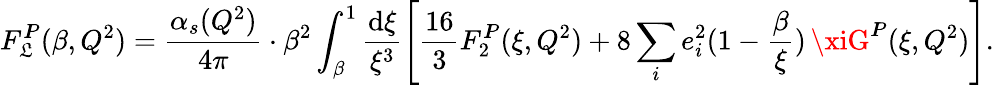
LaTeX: F_{\mathfrak{L}}^{I\! \! P}(\beta,Q^{2})=\frac{{\alpha_{s}(Q^{2})}}{{4\pi}}\cdot\beta^{2}\int_{\beta}^{1}\frac{{\mathrm{{d}}\xi}}{{\xi^{3}}}\left[\frac{{16}}{{3}}F_{2}^{I\! \! P}(\xi,Q^{2})+8\sum_{i}e_{i}^{2}(1-\frac{{\beta}}{{\xi}})\, \xiG^{I\! \! P}(\xi,Q^{2})\right].